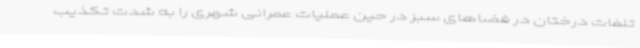
تلفات درختان در فضاهای سبز در حین عملیات عمرانی شهری را به شدت تکذیب